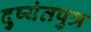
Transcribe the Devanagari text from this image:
दुष्यंतपुत्र